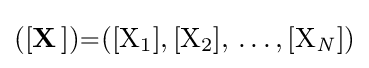
{\ce {([\mathbf {X} ])=([X1],[X2],\ldots ,[X_{\mathit {N}}])}}